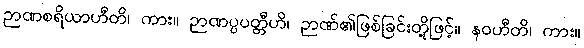
ဉာဏစရိယာဟီတိ၊ ကား။ ဉာဏပ္ပပတ္တီဟိ၊ ဉာဏ်၏ဖြစ်ခြင်းတို့ဖြင့်။ နဝဟီတိ၊ ကား။